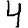
Digit: 4